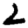
Digit: 2